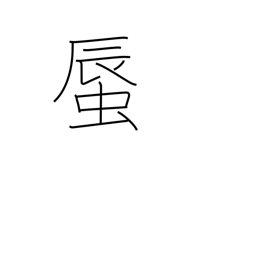
Meaning: clam